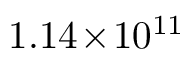
1 . 1 4 \! \times \! 1 0 ^ { 1 1 }